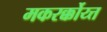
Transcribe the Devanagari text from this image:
मकरर्क्कोय्त्त